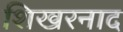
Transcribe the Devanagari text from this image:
शिखरनाद